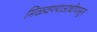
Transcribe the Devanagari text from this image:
मिळवण्याआधीपासून